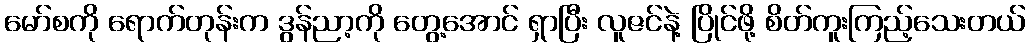
မော်စကို ရောက်တုန်းက ဒွန်ညာ့ကို တွေ့အောင် ရှာပြီး လူဇင်နဲ့ ပြိုင်ဖို့ စိတ်ကူးကြည့်သေးတယ်